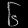
Digit: ၆